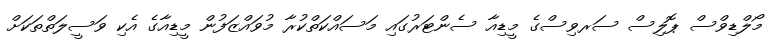
މޯލްޑިވްސް ޕޮލިސް ސަރވިސްގެ މީޑިއާ ސެންޓަރުގައި މަސައްކަތްކުރާ މުވައްޒަފުން މީޑިއާގެ އެކި ވަސީލަތްތަކަށް